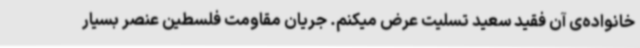
خانواده‌ی آن فقید سعید تسلیت عرض میکنم. جریان مقاومت فلسطین عنصر بسیار